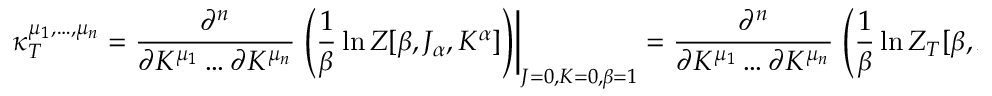
\kappa _ { T } ^ { \mu _ { 1 } , \hdots , \mu _ { n } } = \frac { \partial ^ { n } } { \partial K ^ { \mu _ { 1 } } \hdots \partial K ^ { \mu _ { n } } } \left. \left( \frac { 1 } { \beta } \ln Z [ \beta , J _ { \alpha } , K ^ { \alpha } ] \right) \right| _ { J = 0 , K = 0 , \beta = 1 } = \frac { \partial ^ { n } } { \partial K ^ { \mu _ { 1 } } \hdots \partial K ^ { \mu _ { n } } } \left. \left( \frac { 1 } { \beta } \ln Z _ { T } [ \beta , K ^ { \alpha } ] \right) \right| _ { K = 0 , \beta = 1 }